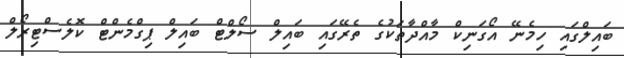
ބައިލްގައި ހިމެނޭ އޯގަނިކް މާއްދާތަކުގެ ތެރޭގައި ބައިލް ސޯލްޓް ބައިލް ޕިގްމެންޓް ކޮލެސްޓިރޯލް